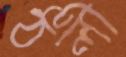
ঠলী